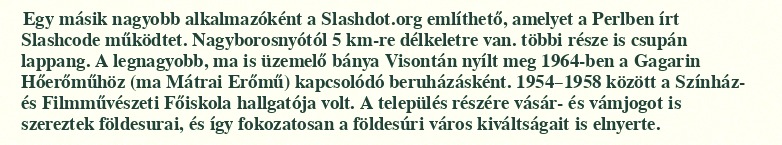
Egy másik nagyobb alkalmazóként a Slashdot.org említhető, amelyet a Perlben írt Slashcode működtet. Nagyborosnyótól 5 km-re délkeletre van. többi része is csupán lappang. A legnagyobb, ma is üzemelő bánya Visontán nyílt meg 1964-ben a Gagarin Hőerőműhöz (ma Mátrai Erőmű) kapcsolódó beruházásként. 1954–1958 között a Színház- és Filmművészeti Főiskola hallgatója volt. A település részére vásár- és vámjogot is szereztek földesurai, és így fokozatosan a földesúri város kiváltságait is elnyerte.